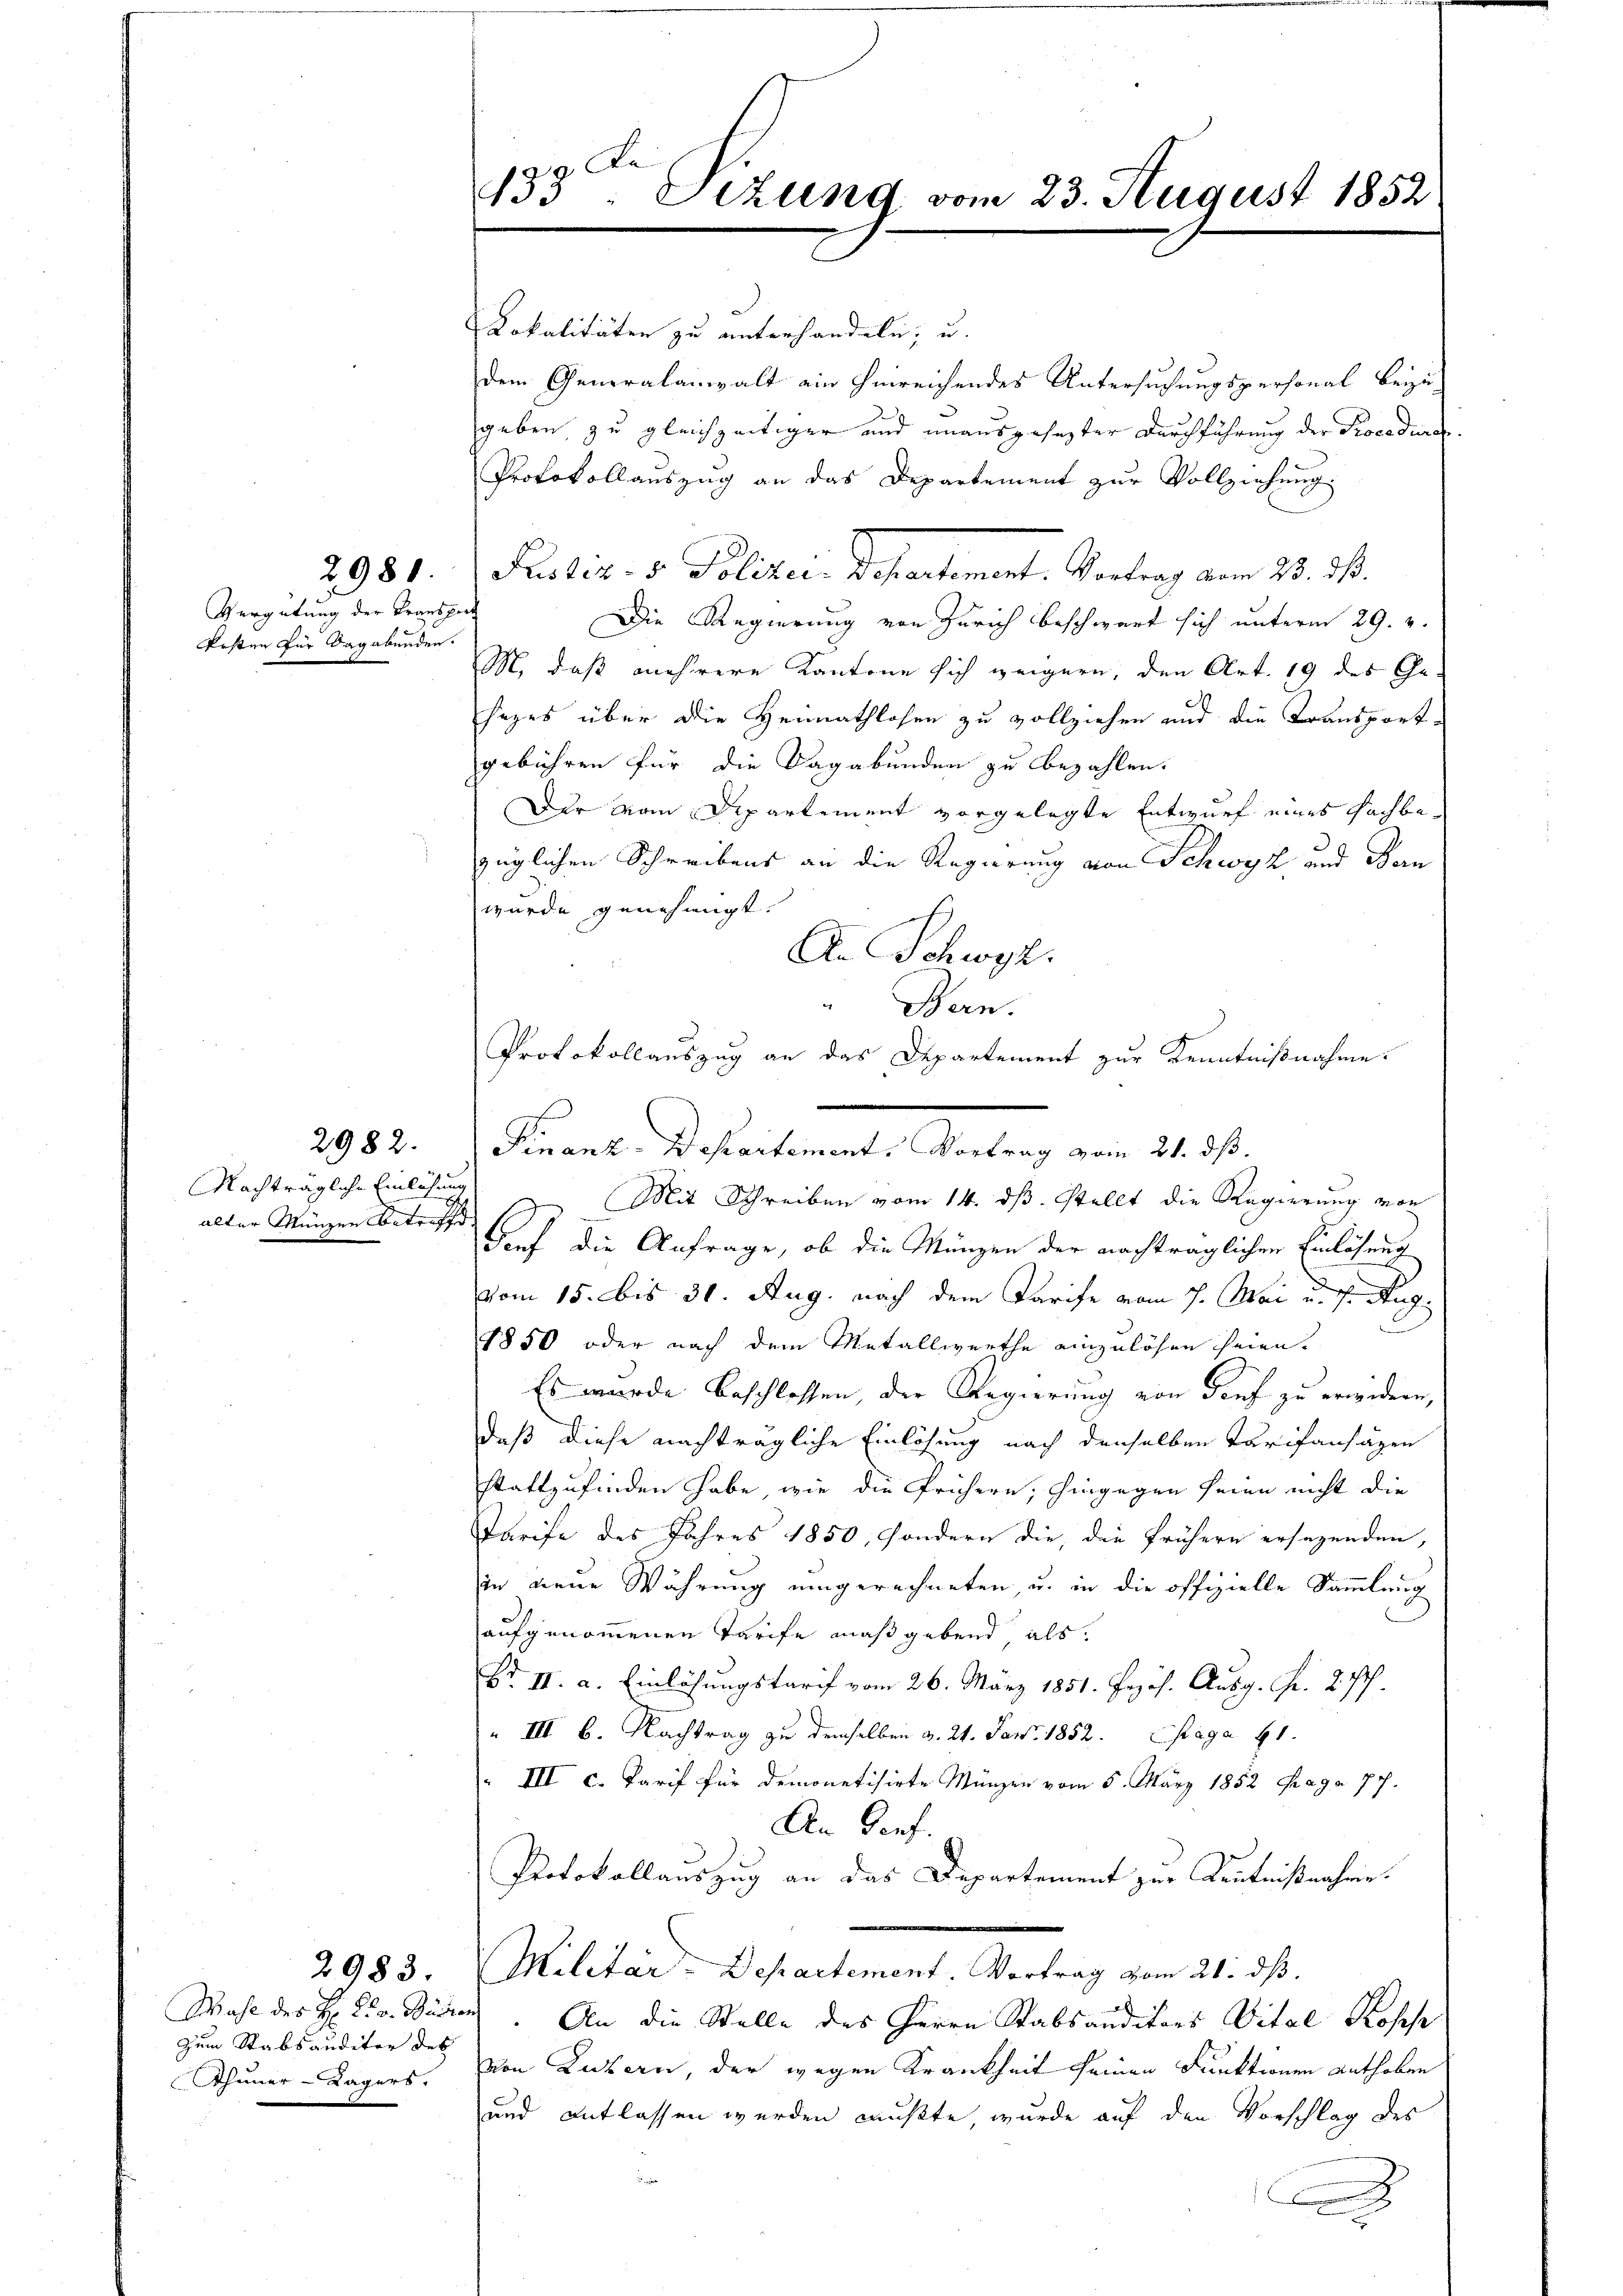
Vergütung der Transport
Ersten für dagabunden.

2981

Nachträgliche Einlehn
alter Münzen betreffd.

2982.

Wahl des H: Dr. v. Städten
Zum Stabsauditor des
Thuner-Lagers.

2983.

433: Sizung vom 23. August 1852

Lokalitäten zu unterhandeln, u.
dem Generalanwalt ein hinreichendes Untersuchungspersonal beizugeben zu gleichzeitiger und unausgesezter Durchführung der Procedurc
Protokollauszug an das Departement zur Vollziehung.
Frieder. v. Polizei Departement. Vortrag vom 23. J.
Die Regierung von Zürich beschwart sich unterm 29. v.
M, daß mehrere Kantone sich weigern, den Art. 19 des Ge-
hezes über die Heimathlosen zu vollziehen und die Transport-
gebühren für die Sagabunden zu bezahlen.
Der vom Departement vorgelegte Entwurf eines Fachbezüglichen Schreibens an die Regierung von Schwyz und Man
wurde genehmigt.
An Schwyz.
Mit Schreiben vom 14. ds. stellt die Regierung von
Darf die Anfrage, ob die Münzen der nachträglichen Einlösung
vom 15. bis 31. Aug. nach dem Tarife vom 7. Mai u. v. Aug.
1850 oder nach dem Metallwerthe einzulösen seien.
Es wurde beschlossen, der Regierung von darf zu erwidern,
daß diese nachträgliche Einlösung nach denselben Tarifansagen
stattzufinden habe, wie die frühern; hingegen seien nicht die
Tarife des Jahres 1850, sondern die die frühern ersezenden,
in neue Währung umgerechneten, u. in die offizielle Sammlung
aufgenommenen Tarife maßgebend als
Br. II. a. Einlösungstarif vom 26. März 1851. Prof. Ausg. Fr. 2 P.
" III 6. Nachtrag zu demselben d. 24. Jan. 1852. Paga 41.
III c. Tarif für demonetisirte Münzen vom 5. März 1852 Fraga 77.
An Genf.
Protokollauszug an das Departement zur Kentnißnahme¬
Militär-Departement. Vortrag vom 21. ds.
An die Stelle des Herrn Stabsauditors Vital Rosche
Von Luzern, der wegen Krankheit seinen Funktionen anthoben
und entlassen werden mußte, wurde auf den Vorschlag des

"Bern.
Protokollauszug an das Departement zur Kenntnißnahme.
Finanz-Departement. Vortrag vom 21. dß.

d